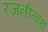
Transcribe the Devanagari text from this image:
रजनीनाथ